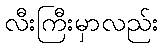
လီးကြီးမှာလည်း